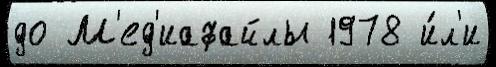
до М'ед'иафайлы 1978 и́л'и